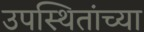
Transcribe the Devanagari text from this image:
उपस्थितांच्या